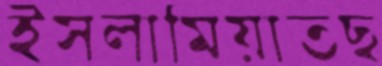
ইসলামিয়াতছ